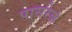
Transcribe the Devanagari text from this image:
पासरेल